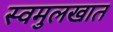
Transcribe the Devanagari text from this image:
स्वमुलखात